38_143685_box_Incident_Summaries_101-172
Agency: Department of War
Page 90
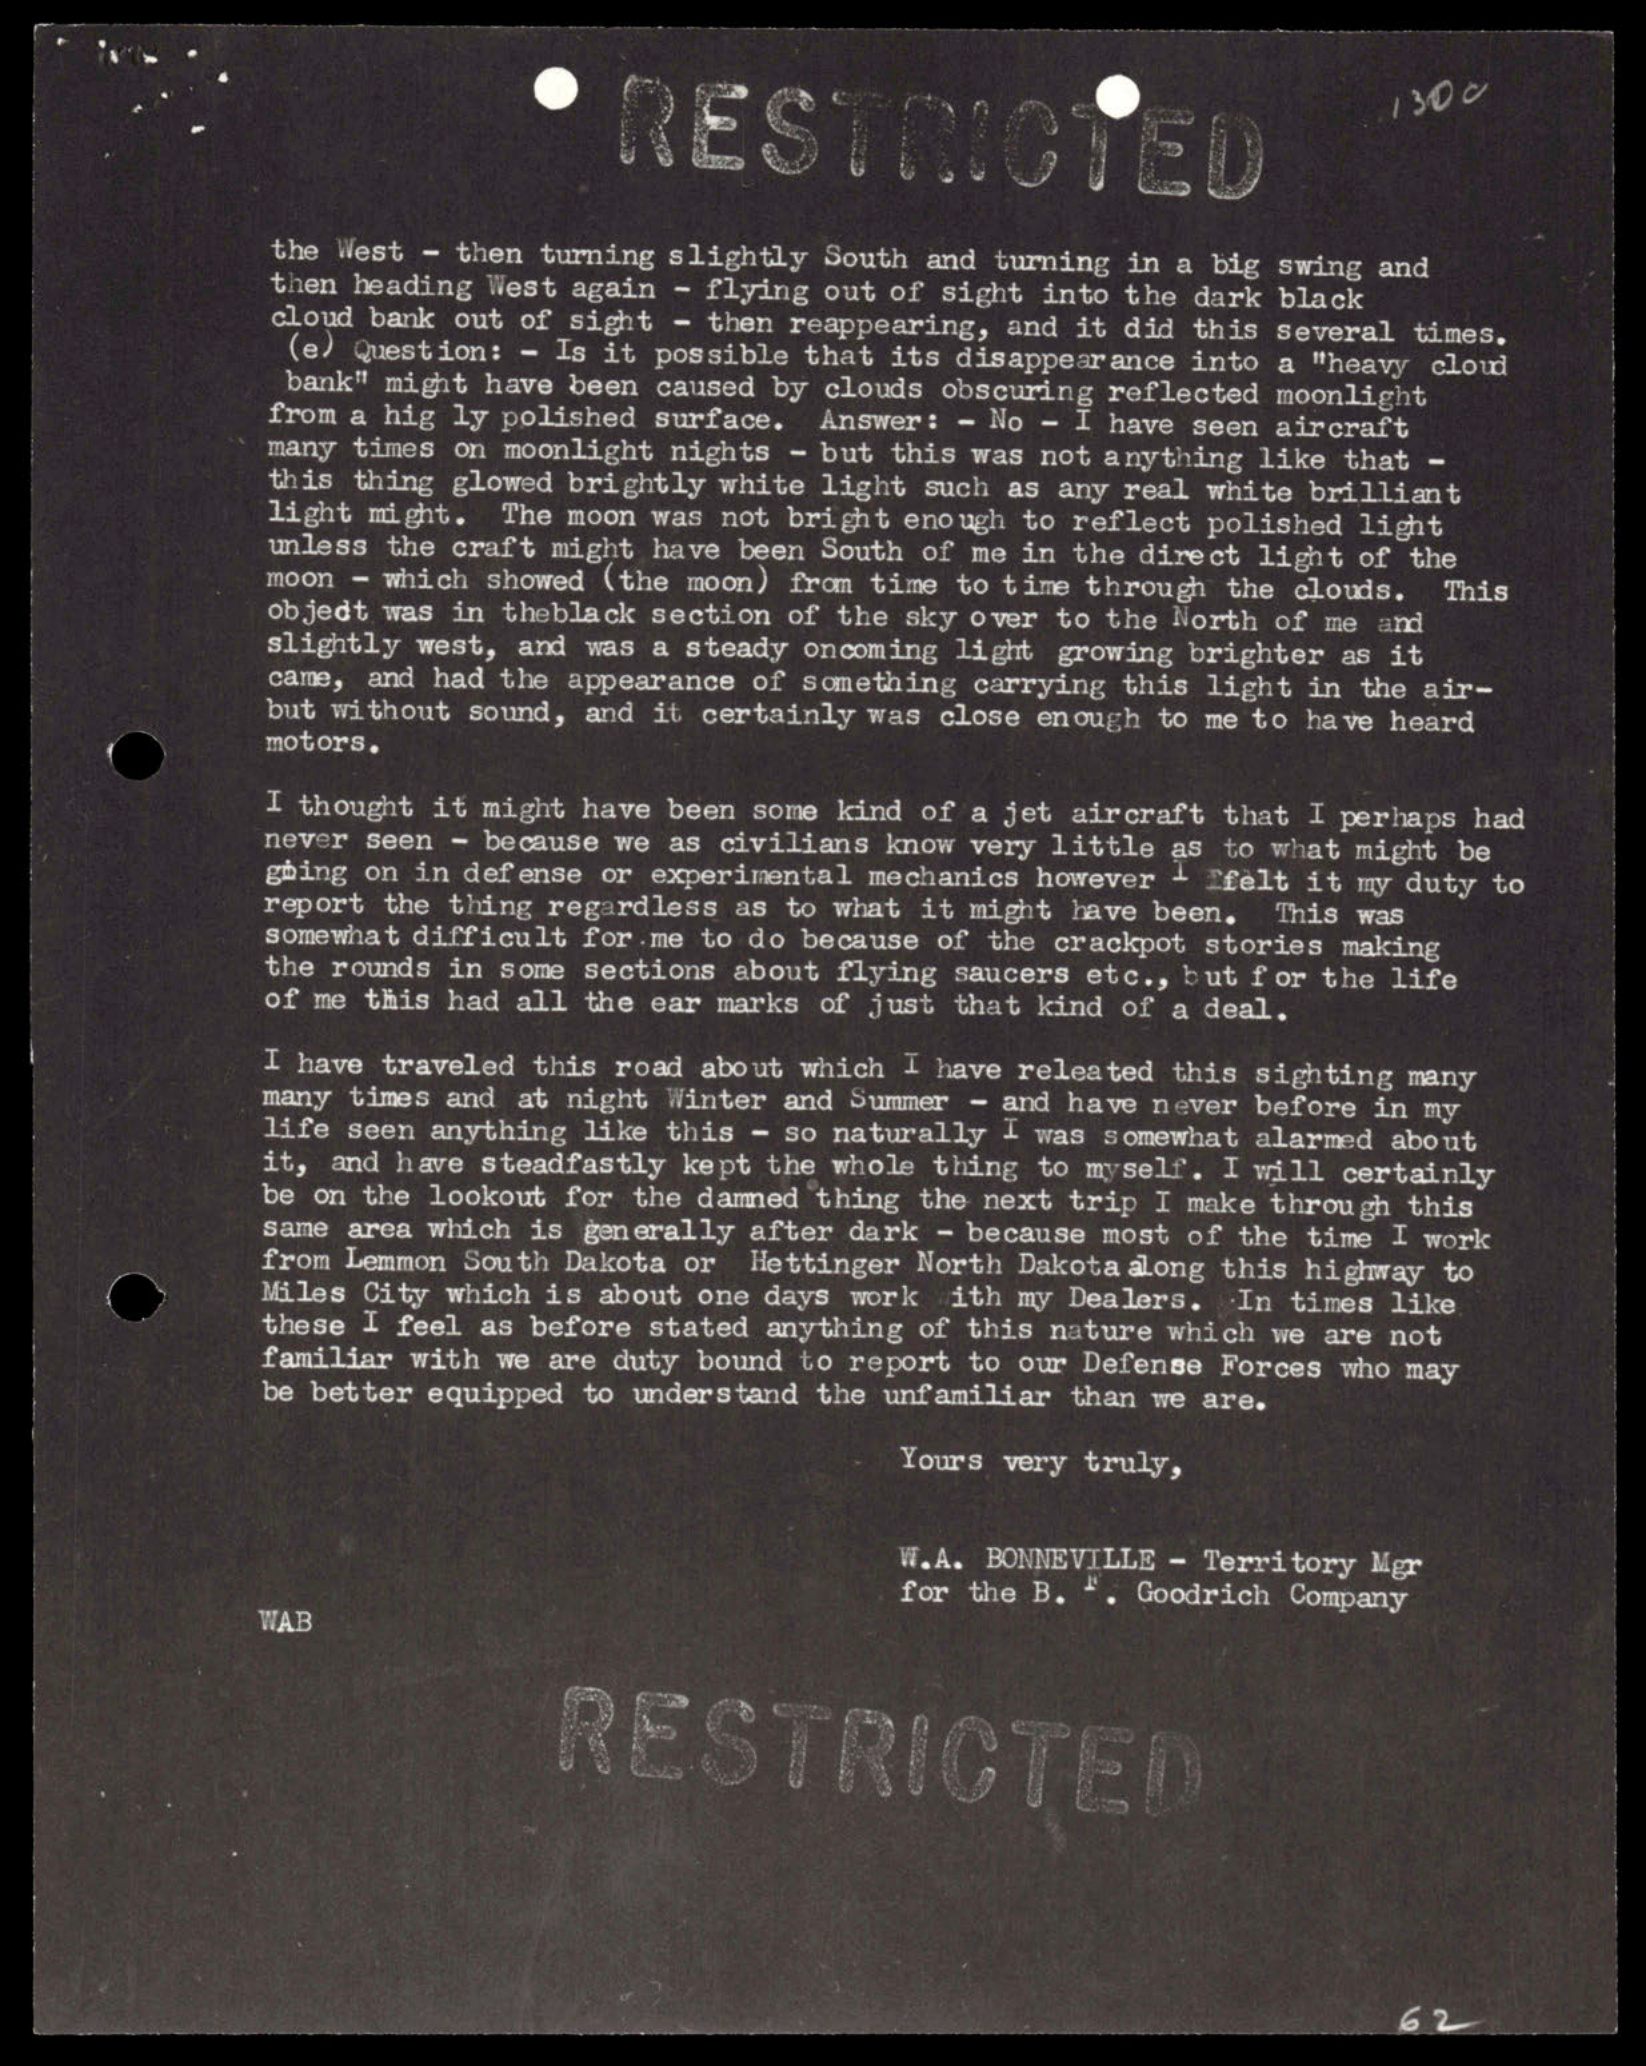